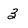
Character: 3